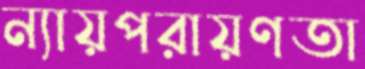
ন্যায়পরায়ণতা